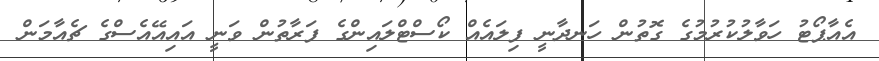
އެއާޕޯޓު ހަވާލުކުރުމުގެ ގޮތުން ހަނދާނީ ފިލައެއް ކޯސްޓްލައިންގެ ފަރާތުން ވަނީ އައިއޭއެސްގެ ޗެއާމަން